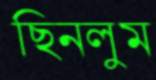
ছিনলুম